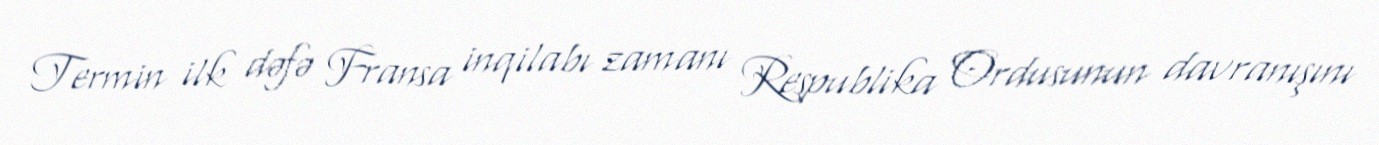
Termin ilk dəfə Fransa inqilabı zamanı Respublika Ordusunun davranışını